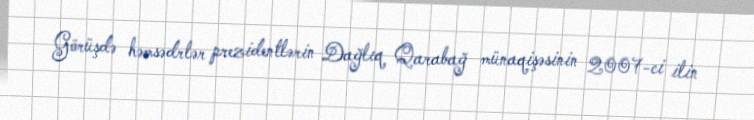
Görüşdə həmsədrlər prezidentlərin Dağlıq Qarabağ münaqişəsinin 2007-ci ilin